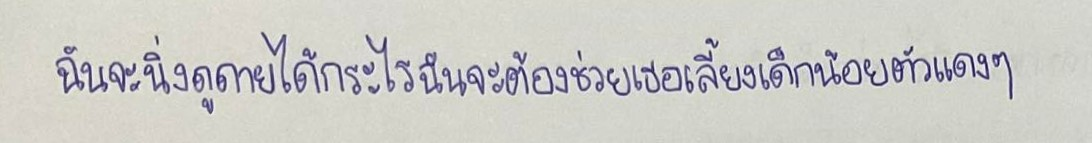
ฉันจะนิ่งดูดายได้กระไรฉันจะต้องช่วยเธอเลี้ยงเด็กน้อยตัวแดงๆ